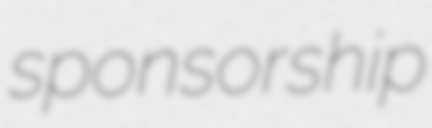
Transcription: sponsorship